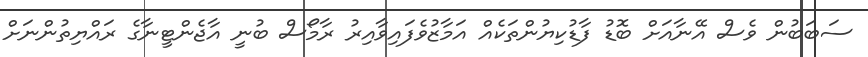
ސަބަބުން ވެސް އޭނާއަށް ބޮޑު ފާޑުކިޔުންތަކެއް އަމާޒުވެފައިވާއިރު ރާމޯސް ބުނީ އާޖެންޓީނާގެ ރައްޔިތުންނަށް